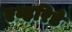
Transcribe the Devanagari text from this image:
एव्हरिडे